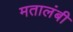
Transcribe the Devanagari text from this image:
मतालंबी